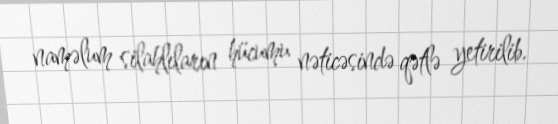
naməlum silahlıların hücumu nəticəsində qətlə yetirilib.